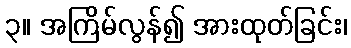
၃။ အကြိမ်လွန်၍ အားထုတ်ခြင်း၊